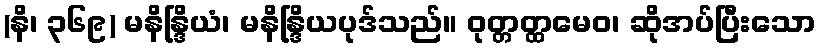
(နိ၊ ၃၆၉) မနိန္ဒြိယံ၊ မနိန္ဒြိယပုဒ်သည်။ ဝုတ္တတ္ထမေဝ၊ ဆိုအပ်ပြီးသော